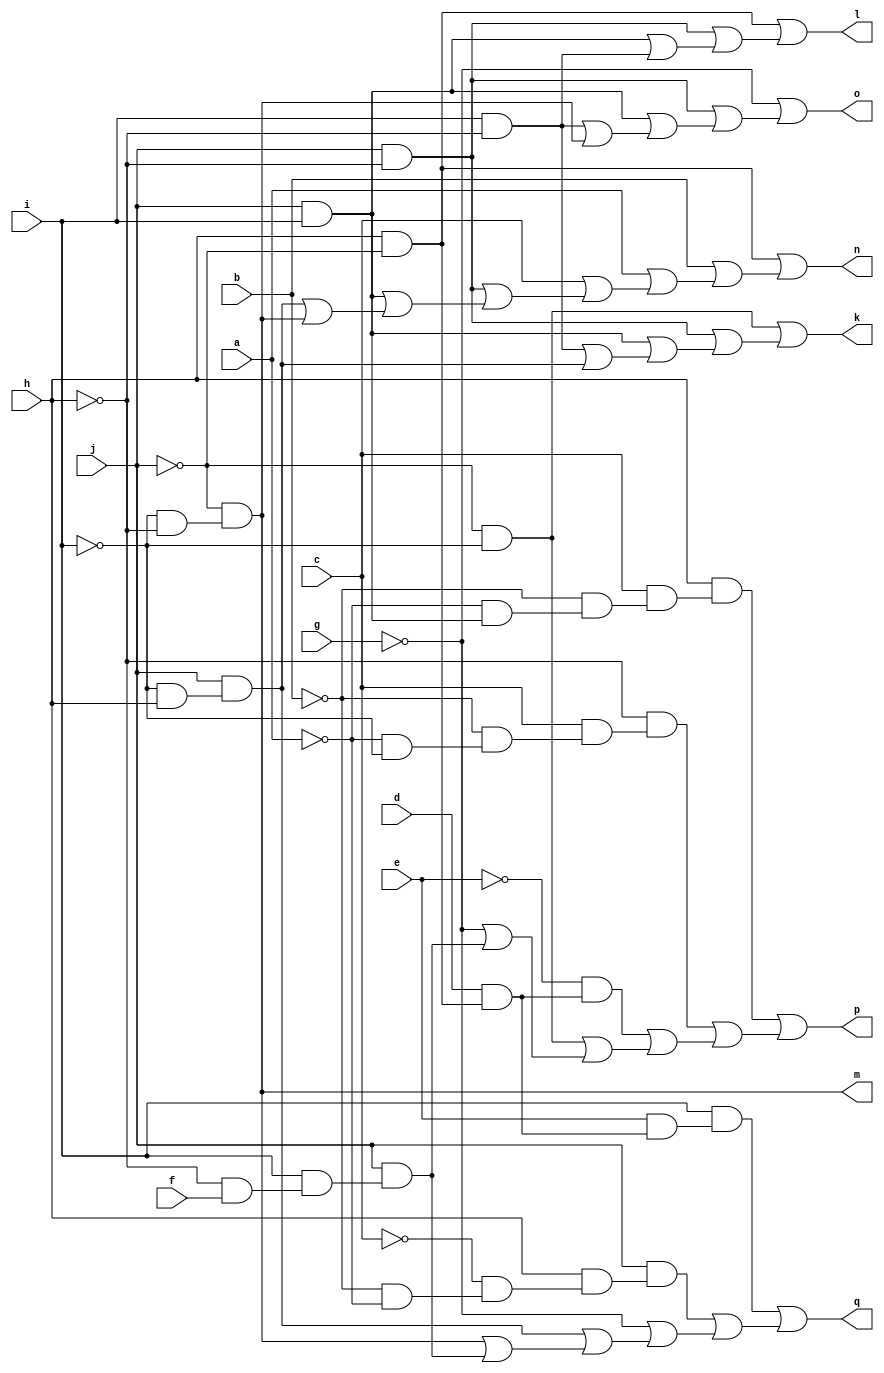
// IWLS benchmark module "x2" printed on Wed May 29 17:30:37 2002
module x2(a, b, c, d, e, f, g, h, i, j, k, l, m, n, o, p, q);
input
  a,
  b,
  c,
  d,
  e,
  f,
  g,
  h,
  i,
  j;
output
  k,
  l,
  m,
  n,
  o,
  p,
  q;
wire
  f0,
  g0,
  h0,
  \[0] ,
  i0,
  \[1] ,
  j0,
  \[2] ,
  \[3] ,
  \[4] ,
  \[5] ,
  \[6] ;
assign
  f0 = i & ~h,
  g0 = j & (~i & h),
  h0 = j & (i & (~h & f)),
  \[0]  = (~j & ~i) | (i0 | (j0 | (f0 | g0))),
  i0 = j & ~h,
  \[1]  = (~j & h) | (i0 | (j0 | f0)),
  k = \[0] ,
  l = \[1] ,
  m = \[2] ,
  n = \[3] ,
  o = \[4] ,
  p = \[5] ,
  q = \[6] ,
  j0 = j & i,
  \[2]  = ~j & (~i & ~h),
  \[3]  = (~j & h) | (b | (a | (c | (i0 | (j0 | (g0 | \[2] )))))),
  \[4]  = ~g | (i0 | (j0 | (f0 | \[2] ))),
  \[5]  = (h & (c & (~b & (~a & (j & i))))) | ((~h & (c & (~b & (~a & ~i)))) | ((~e & (d & (h & ~j))) | ((~j & ~i) | (~g | h0)))),
  \[6]  = (i & (e & (d & (~j & h)))) | ((j & (h & (~c & (~b & ~a)))) | (~g | (g0 | (\[2]  | h0))));
endmodule